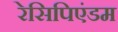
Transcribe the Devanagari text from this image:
रेसिपिएंडम